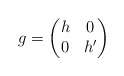
\begin{align*}g = \begin{pmatrix}h& 0 \\0& h'\end{pmatrix}\end{align*}